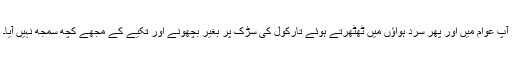
آپ عوام میں اور پھر سرد ہواؤں میں ٹھٹھرتے ہوئے تارکول کی سڑک پر بغیر بچھونے اور تکیے کے مجھے کچھ سمجھ نہیں آیا۔